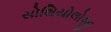
સોશિયોલોજી